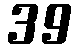
39